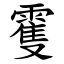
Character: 䨥